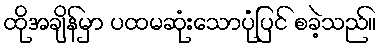
ထိုအချိန်မှာ ပထမဆုံးသောပုံပြင် စခဲ့သည်။